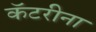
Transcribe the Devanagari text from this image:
कॅटरीना